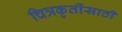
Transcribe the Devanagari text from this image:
चित्रकृतींसाठी